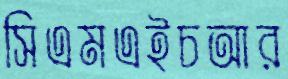
সিএমএইচআর